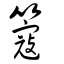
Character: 簆